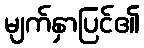
မျက်နှာပြင်၏